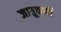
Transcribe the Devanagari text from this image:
जातूकर्णी